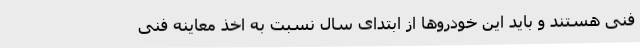
فنی هستند و باید این خودروها از ابتدای سال نسبت به اخذ معاینه فنی